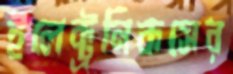
ইলেক্ট্রনিকসের